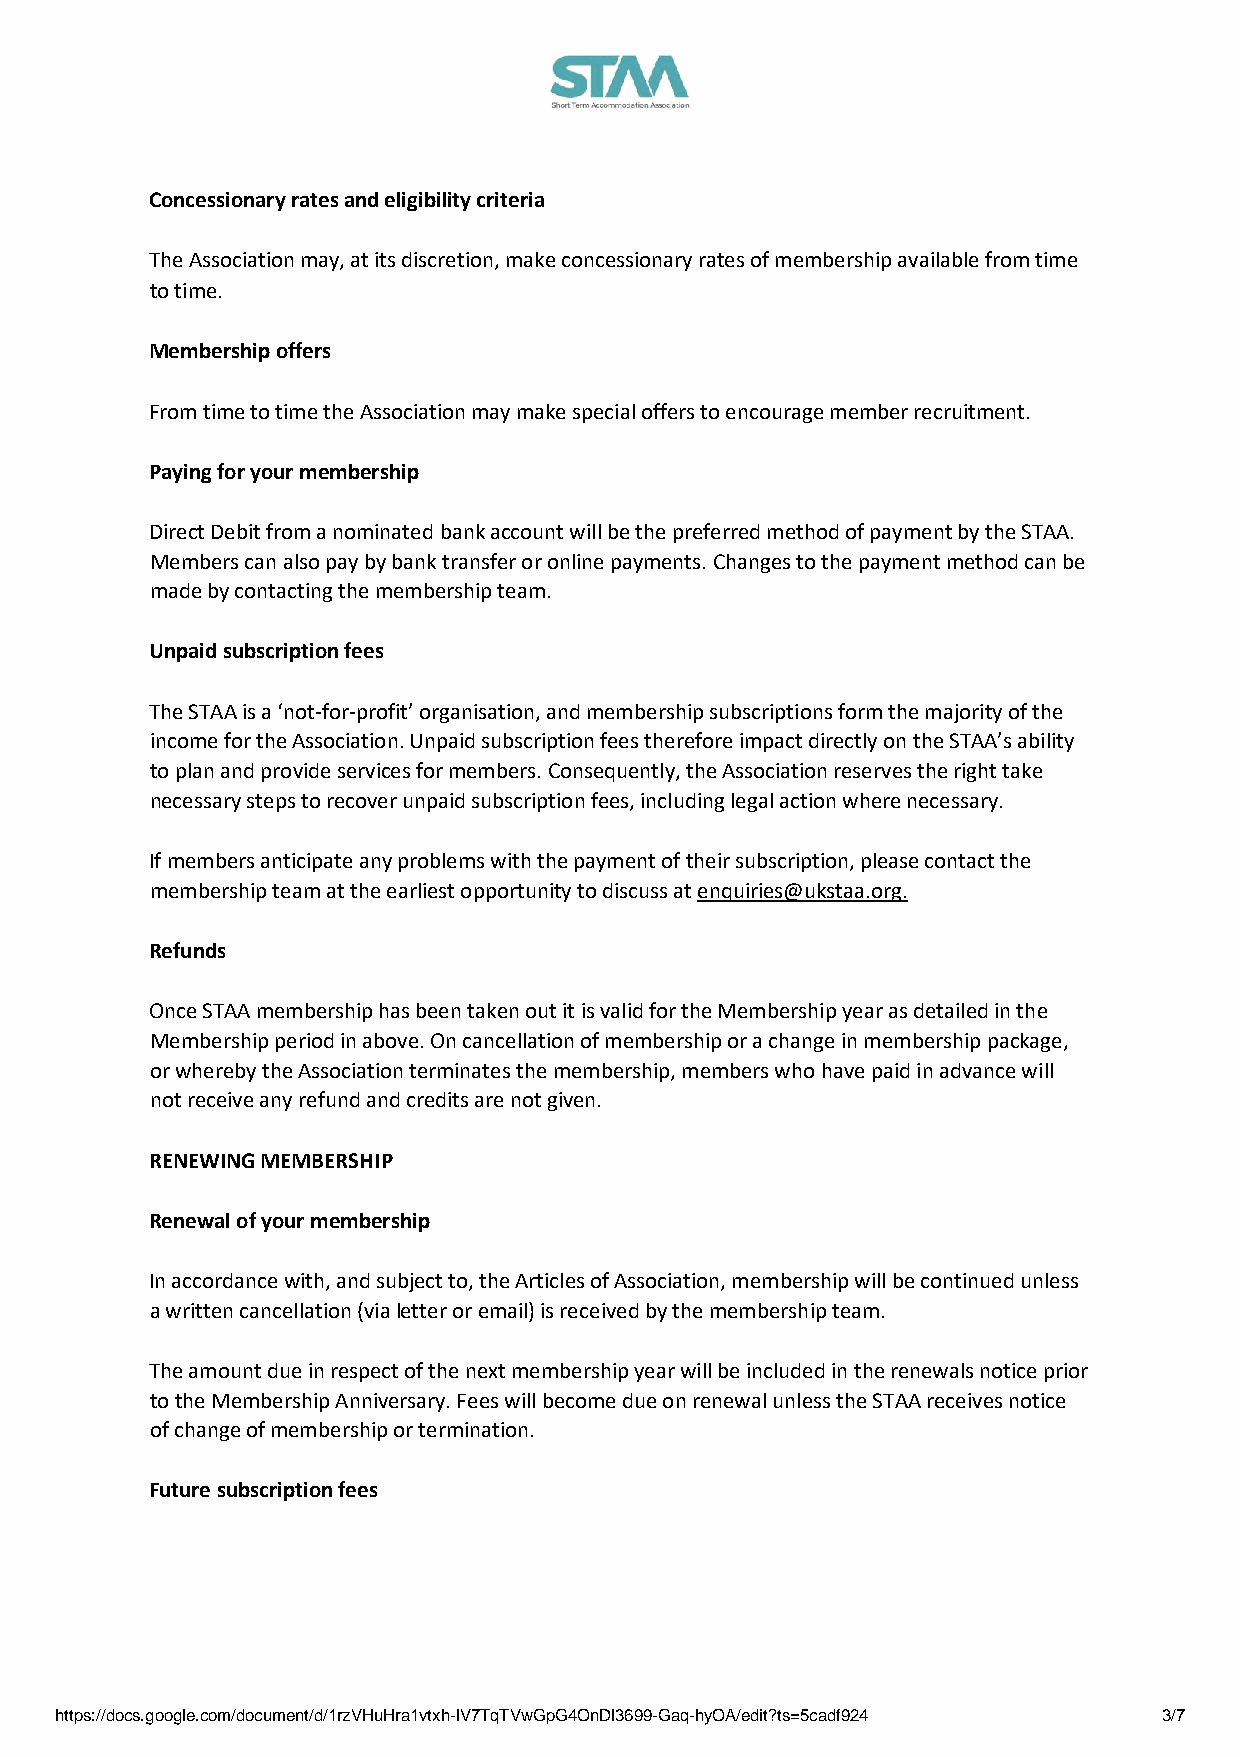
Concessionary rates and eligibility criteria
 The Association may, at its discretion, make concessionary rates of membership available from time
 to time.
 Membership offers
 From time to time the Association may make special offers to encourage member recruitment.
 Paying for your membership
 Direct Debit from a nominated bank account will be the preferred method of payment by the STAA.
 Members can also pay by bank transfer or online payments. Changes to the payment method can be
 made by contacting the membership team.
 Unpaid subscription fees
 The STAA is a ‘not-for-profit’ organisation, and membership subscriptions form the majority of the
 income for the Association. Unpaid subscription fees therefore impact directly on the STAA’s ability
 to plan and provide services for members. Consequently, the Association reserves the right take
 necessary steps to recover unpaid subscription fees, including legal action where necessary.
 If members anticipate any problems with the payment of their subscription, please contact the
 membership team at the earliest opportunity to discuss at enquiries@ukstaa.org.
 Refunds
 Once STAA membership has been taken out it is valid for the Membership year as detailed in the
 Membership period in above. On cancellation of membership or a change in membership package,
 or whereby the Association terminates the membership, members who have paid in advance will
 not receive any refund and credits are not given.
 RENEWING MEMBERSHIP
 Renewal of your membership
 In accordance with, and subject to, the Articles of Association, membership will be continued unless
 a written cancellation (via letter or email) is received by the membership team.
 The amount due in respect of the next membership year will be included in the renewals notice prior
 to the Membership Anniversary. Fees will become due on renewal unless the STAA receives notice
 of change of membership or termination.
 Future subscription fees
 https://docs.google.com/document/d/1rzVHuHra1vtxh-lV7TqTVwGpG4OnDl3699-Gaq-hyOA/edit?ts=5cadf924 3/7